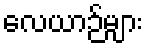
လေယာဉ်များ